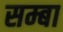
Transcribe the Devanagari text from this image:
सम्बा